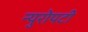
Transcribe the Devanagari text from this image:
न्युरोपटी